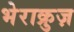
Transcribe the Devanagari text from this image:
भेराक्रुज़